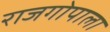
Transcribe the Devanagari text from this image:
राजगोपाला